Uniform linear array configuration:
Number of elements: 8
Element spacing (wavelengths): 0.5
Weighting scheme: hann
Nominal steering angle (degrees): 15
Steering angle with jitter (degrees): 13.374
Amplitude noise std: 0.05
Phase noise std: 0.05

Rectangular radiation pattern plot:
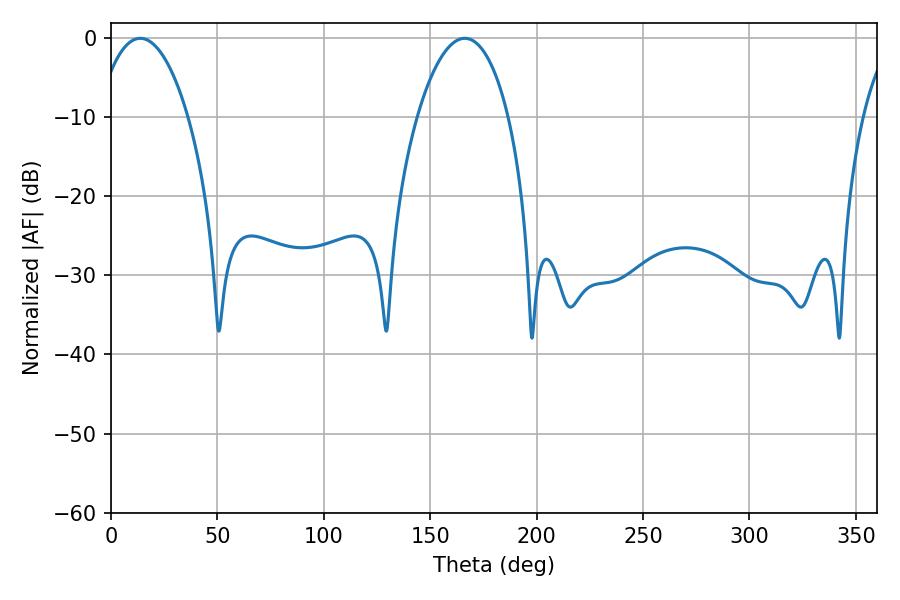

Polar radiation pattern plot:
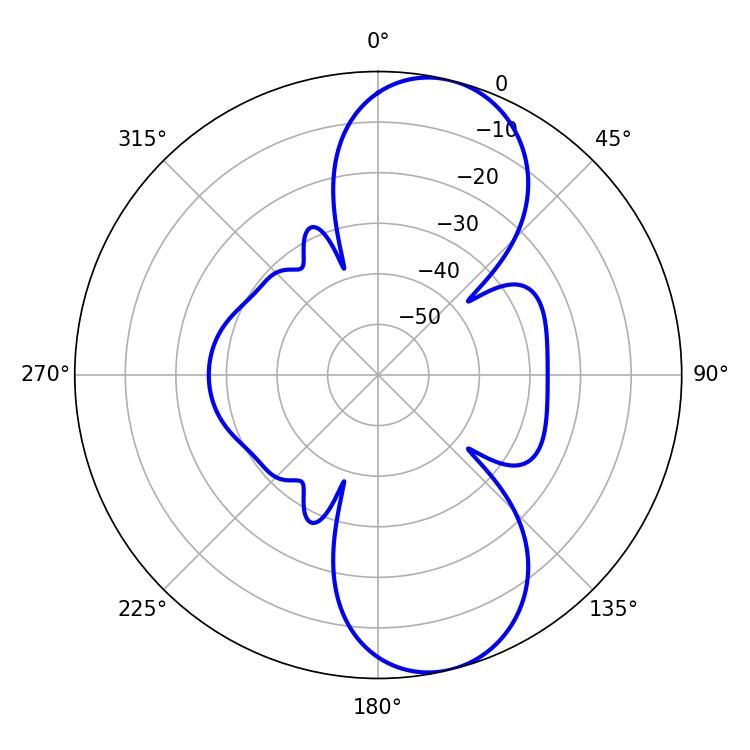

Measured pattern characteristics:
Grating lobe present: FALSE
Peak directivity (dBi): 9.634
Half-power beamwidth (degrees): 24.12
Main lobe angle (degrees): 13.68